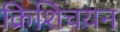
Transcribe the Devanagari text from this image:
क्रिशिचयन